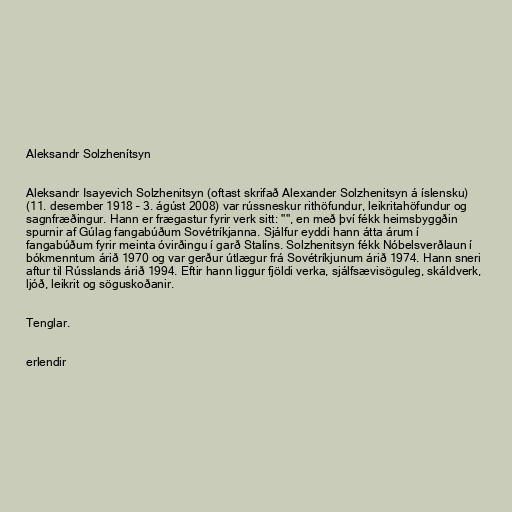
Aleksandr Solzhenítsyn

Aleksandr Isayevich Solzhenitsyn (oftast skrifað Alexander Solzhenitsyn á íslensku)
(11. desember 1918 – 3. ágúst 2008) var rússneskur rithöfundur, leikritahöfundur og
sagnfræðingur. Hann er frægastur fyrir verk sitt: "", en með því fékk heimsbyggðin
spurnir af Gúlag fangabúðum Sovétríkjanna. Sjálfur eyddi hann átta árum í
fangabúðum fyrir meinta óvirðingu í garð Stalíns. Solzhenitsyn fékk Nóbelsverðlaun í
bókmenntum árið 1970 og var gerður útlægur frá Sovétríkjunum árið 1974. Hann sneri
aftur til Rússlands árið 1994. Eftir hann liggur fjöldi verka, sjálfsævisöguleg, skáldverk,
ljóð, leikrit og söguskoðanir.

Tenglar.

erlendir